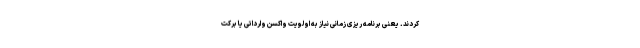
‌کردند. یعنی برنامه ریزی زمانی نیاز به اولویت واکسن وارداتی یا برکت